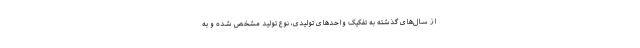
از سال‌های گذشته به تفکیک واحدهای تولیدی، نوع تولید مشخص شده و به